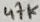
Text: 47K